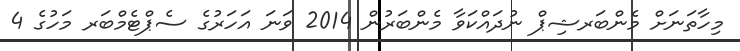
މިހާތަނަށް މެންބަރޝިޕް ނުދައްކަވާ މެންބަރުން 2014 ވަނަ އަހަރުގެ ސެޕްޓެމްބަރ މަހުގެ 4